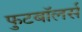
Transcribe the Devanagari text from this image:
फुटबॉलर्स